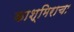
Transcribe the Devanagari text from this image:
काश्मिराचा